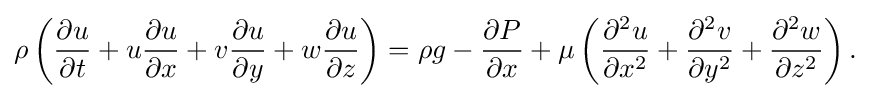
{\rho }\left({\frac {{\partial }u}{{\partial }t}}+u{\frac {{\partial }u}{{\partial }x}}+v{\frac {{\partial }u}{{\partial }y}}+w{\frac {{\partial }u}{{\partial }z}}\right)={\rho }g-{\frac {{\partial }P}{{\partial }x}}+{\mu }\left({\frac {{\partial ^{2}}u}{{\partial }x^{2}}}+{\frac {{\partial ^{2}}v}{{\partial }y^{2}}}+{\frac {{\partial ^{2}}w}{{\partial }z^{2}}}\right).\,\!